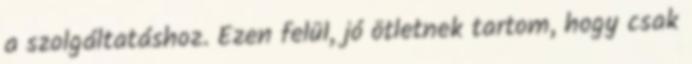
a szolgáltatáshoz. Ezen felül, jó ötletnek tartom, hogy csak